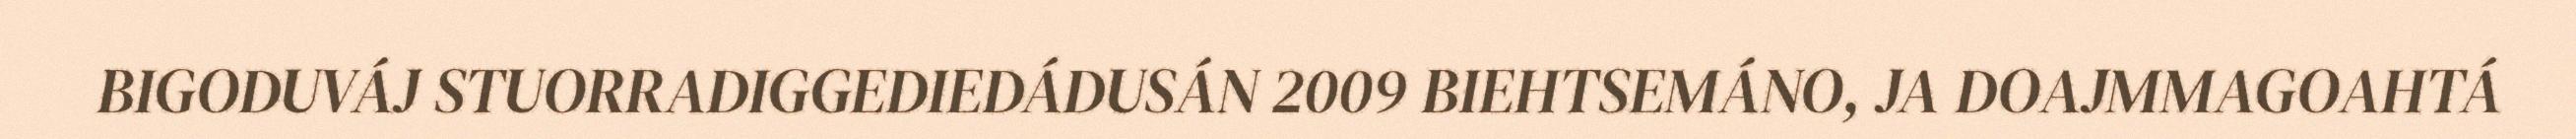
BIGODUVÁJ STUORRADIGGEDIEDÁDUSÁN 2009 BIEHTSEMÁNO, JA DOAJMMAGOAHTÁ